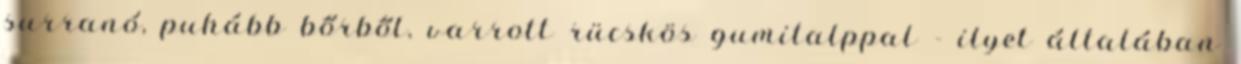
surranó, puhább bőrből, varrott rücskös gumitalppal - ilyet általában